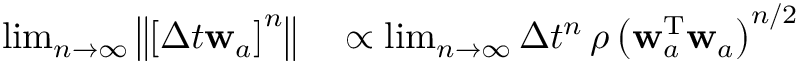
\begin{array} { r l } { \operatorname* { l i m } _ { n \rightarrow { } \infty } \left\| \left[ \Delta t { } \mathbf { w } _ { a } \right] ^ { n } \right\| } & { { } \propto \operatorname* { l i m } _ { n \rightarrow { } \infty } \Delta t { } ^ { n } \, \rho \left( \mathbf { w } _ { a } ^ { \mathrm { T } } \mathbf { w } _ { a } \right) ^ { n / 2 } } \end{array}